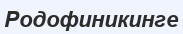
Родофиникинге